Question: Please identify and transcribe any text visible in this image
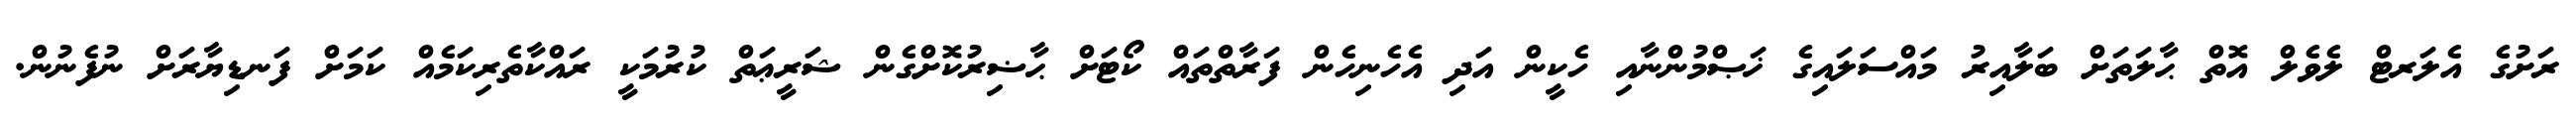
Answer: ރަށުގެ އެލަރޓް ލެވެލް އޮތް ޙާލަތަށް ބަލާއިރު މައްސަލައިގެ ޚަޞްމުންނާއި ހެކީން އަދި އެހެނިހެން ފަރާތްތައް ކޯޓަށް ޙާޟިރުކޮށްގެން ޝަރީޢަތް ކުރުމަކީ ރައްކާތެރިކަމެއް ކަމަށް ފަނޑިޔާރަށް ނުފެނުން.